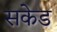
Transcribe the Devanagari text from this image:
सकेड